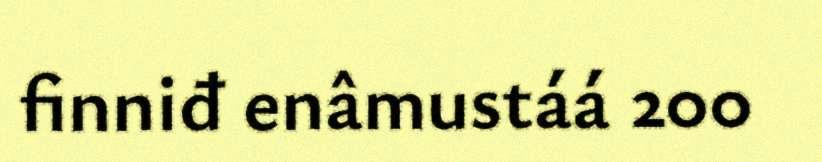
finniđ enâmustáá 200